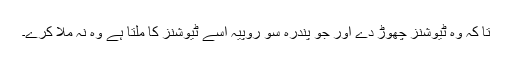
تا کہ وہ ٹیوشنز چھوڑ دے اور جو پندرہ سو روپیہ اسے ٹیوشنز کا ملتا ہے وہ نہ ملا کرے۔